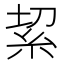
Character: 𥿚